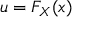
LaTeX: u = F _ { X } ( x )